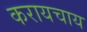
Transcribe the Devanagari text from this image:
करायचाय